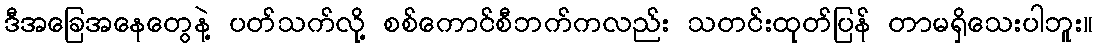
ဒီအခြေအနေတွေနဲ့ ပတ်သက်လို့ စစ်ကောင်စီဘက်ကလည်း သတင်းထုတ်ပြန် တာမရှိသေးပါဘူး။